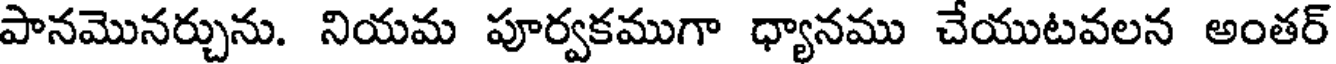
పానమొనర్చును. నియమ పూర్వకముగా ధ్యానము చేయుటవలన అంతర్